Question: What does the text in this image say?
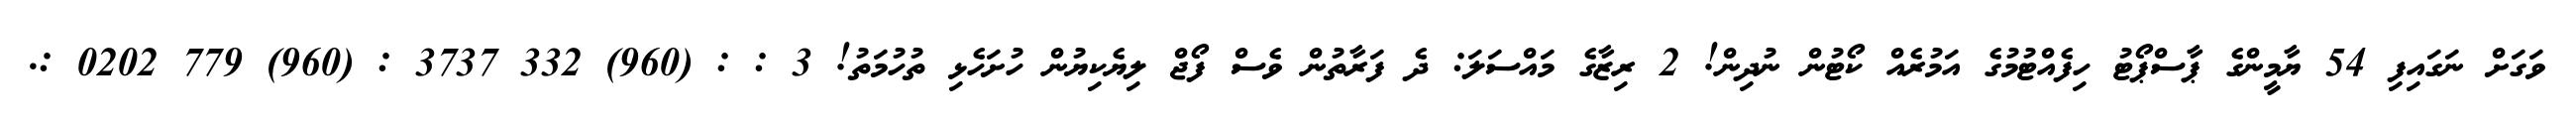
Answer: ވަގަށް ނަގައިފި 54 ޔާމީންގެ ޕާސްޕޯޓު ހިފެއްޓުމުގެ އަމުރެއް ކޯޓުން ނުދިން! 2 ރިޒާގެ މައްސަލަ: ދެ ފަރާތުން ވެސް ފޯޖް ލިޔެކިޔުން ހުށަހެޅި ތުހުމަތު! 3 : : (960) 332 3737 : (960) 779 0202 :.